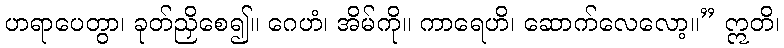
ဟရာပေတွာ၊ ခုတ်ညှိစေ၍။ ဂေဟံ၊ အိမ်ကို။ ကာရေဟိ၊ ဆောက်လေလော့။” ဣတိ၊